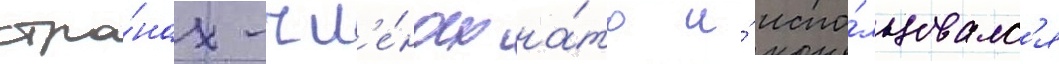
стра́нах-чл'е́нах на́то и́ испо́льзовалс'я